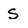
Character: S